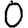
Digit: 0